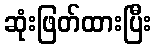
ဆုံးဖြတ်ထားပြီး